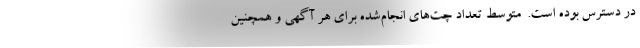
در دسترس بوده است.  متوسط تعداد چت‌های انجام‌شده برای هر آگهی و همچنین